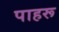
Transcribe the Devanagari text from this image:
पाहरू